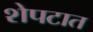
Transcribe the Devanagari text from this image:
शेपटात